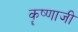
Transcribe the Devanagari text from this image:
कॄष्‍णाजी